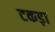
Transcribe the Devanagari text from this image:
टकड़ा